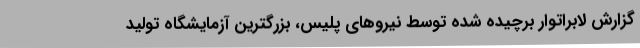
گزارش لابراتوار برچیده شده توسط نیروهای پلیس، بزرگترین آزمایشگاه تولید